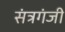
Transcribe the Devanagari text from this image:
संत्रगंजी